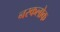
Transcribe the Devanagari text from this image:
नरकलोक